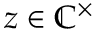
z \in \mathbb { C } ^ { \times }